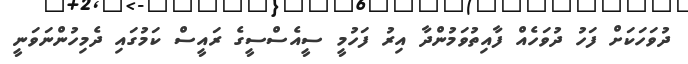
ދުވަހަކަށް ފަހު ދުވަހެއް ފާއިތުވަމުންދާ އިރު ފަހުމީ ސީއެސްސީގެ ރައީސް ކަމުގައި ދެމިހުންނަވަނީ